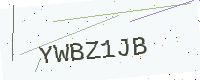
Text: YWBZ1JB